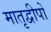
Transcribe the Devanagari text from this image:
मातृद्वीपों